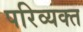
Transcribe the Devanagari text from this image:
परिव्यक्त